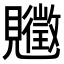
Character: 𧢡